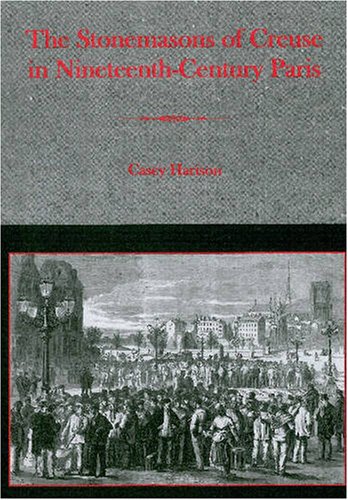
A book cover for The Stonemasons of Creuse in Nineteenth-Century Paris; Casey Harison; Business & Money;